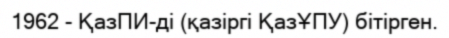
1962 - ҚазПИ-ді (қазіргі ҚазҰПУ) бітірген.